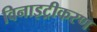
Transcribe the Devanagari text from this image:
विनाइट्रीकरण